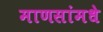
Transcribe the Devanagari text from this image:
माणसांमधे